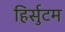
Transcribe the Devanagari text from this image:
हिर्सुटम